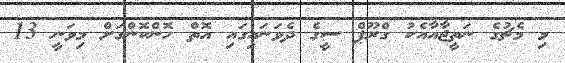
މި މެޗުގެ ނަތީޖާއާއެކު ގްރޫޕް ސީގެ ދެވަނައިގައި އޮތް ހޮންކޮންގަށް މިވަނީ 13